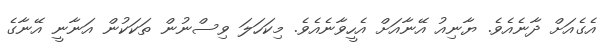
އެގެއަށް ދާނެއެވެ. ޔާނިއު އޭނާއަށް އެހީވާނެއެވެ. މިކަހަލަ ވިސްނުން ތަކަކުން އަނާނީ އޭނާގެ